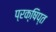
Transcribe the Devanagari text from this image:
प्रक्षिप्‍त